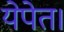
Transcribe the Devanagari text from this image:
येपेत।